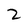
Character: 2